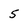
Character: 5